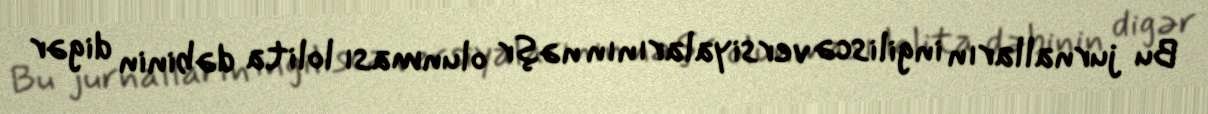
Bu jurnalların ingiliscə versiyalarının nəşr olunması lolita dəbinin digər